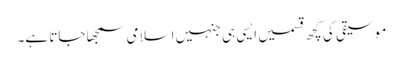
موسیقی کی کچھ قسمیں ایسی ہی جنہیں اسلامی سمجھا جاتا ہے۔